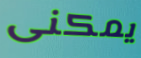
يمكنى